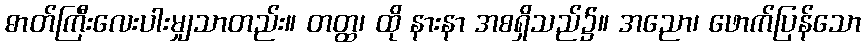
ဓာတ်ကြီးလေးပါးမျှသာတည်း။ တတ္ထ၊ ထို နားနာ အစရှိသည်၌။ အညော၊ ဖောက်ပြန်သော